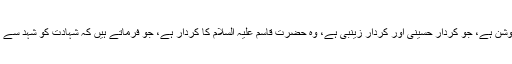
وہ دوسرا پہلو ہے، جو روشن ہے، جو کردار حسینیؑ اور کردار زینبیؑ ہے، وہ حضرت قاسم علیہ السلام کا کردار ہے، جو فرماتے ہیں کہ شہادت کو شہد سے زیادہ شیریں سمجھتا ہوں۔